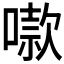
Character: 𫫬